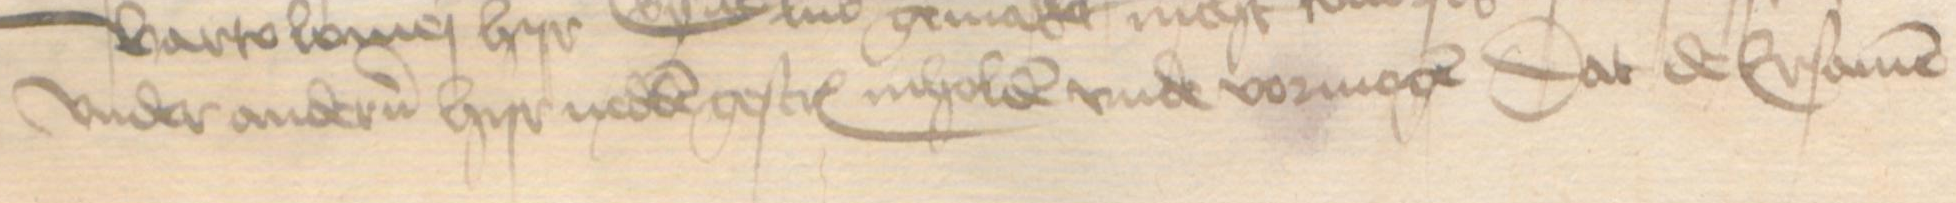
Transcription: vnder anderen hyr nedden gescreuen inholden vnde vormogen dat de Ersamen